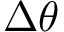
\Delta \theta